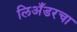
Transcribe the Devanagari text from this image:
लिअँडरचा